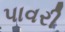
પાવરી